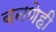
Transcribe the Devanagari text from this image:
बनणेही